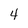
Character: 4